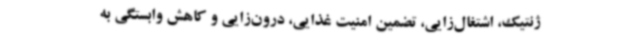
ژنتیک، اشتغال‌زایی، تضمین امنیت غذایی، درون‌زایی و کاهش وابستگی به